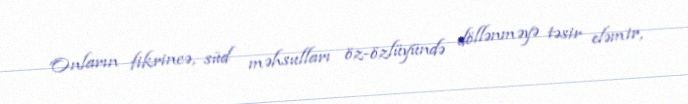
Onların fikrincə, süd məhsulları öz-özlüyündə döllənməyə təsir eləmir,